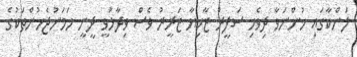
ލަންކާގައި ހުންނަވާ ދިވެހި ސަފީރު ޒާހިޔާ ޒަރީރު ވެސް ވިދާޅުވީ ދީނީ ހަމަނުޖެހުންތަކުގެ